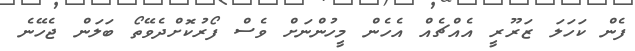
ފެން ކަހަލަ ޒަރޫރީ އެއްޗެއް އެހެން މީހުންނަށް ވެސް ފޯރުކޮށްދެވޭތޯ ބަލަން ޖެހޭނެ